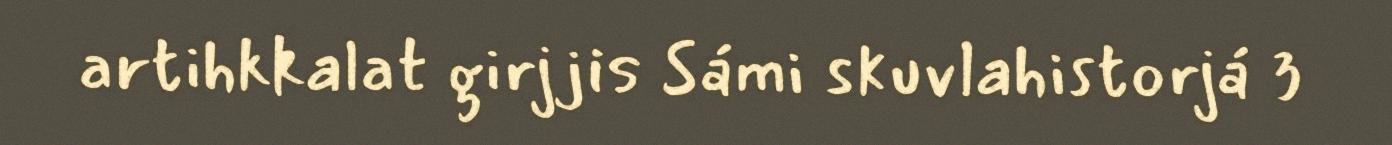
artihkkalat girjjis Sámi skuvlahistorjá 3